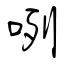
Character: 咧